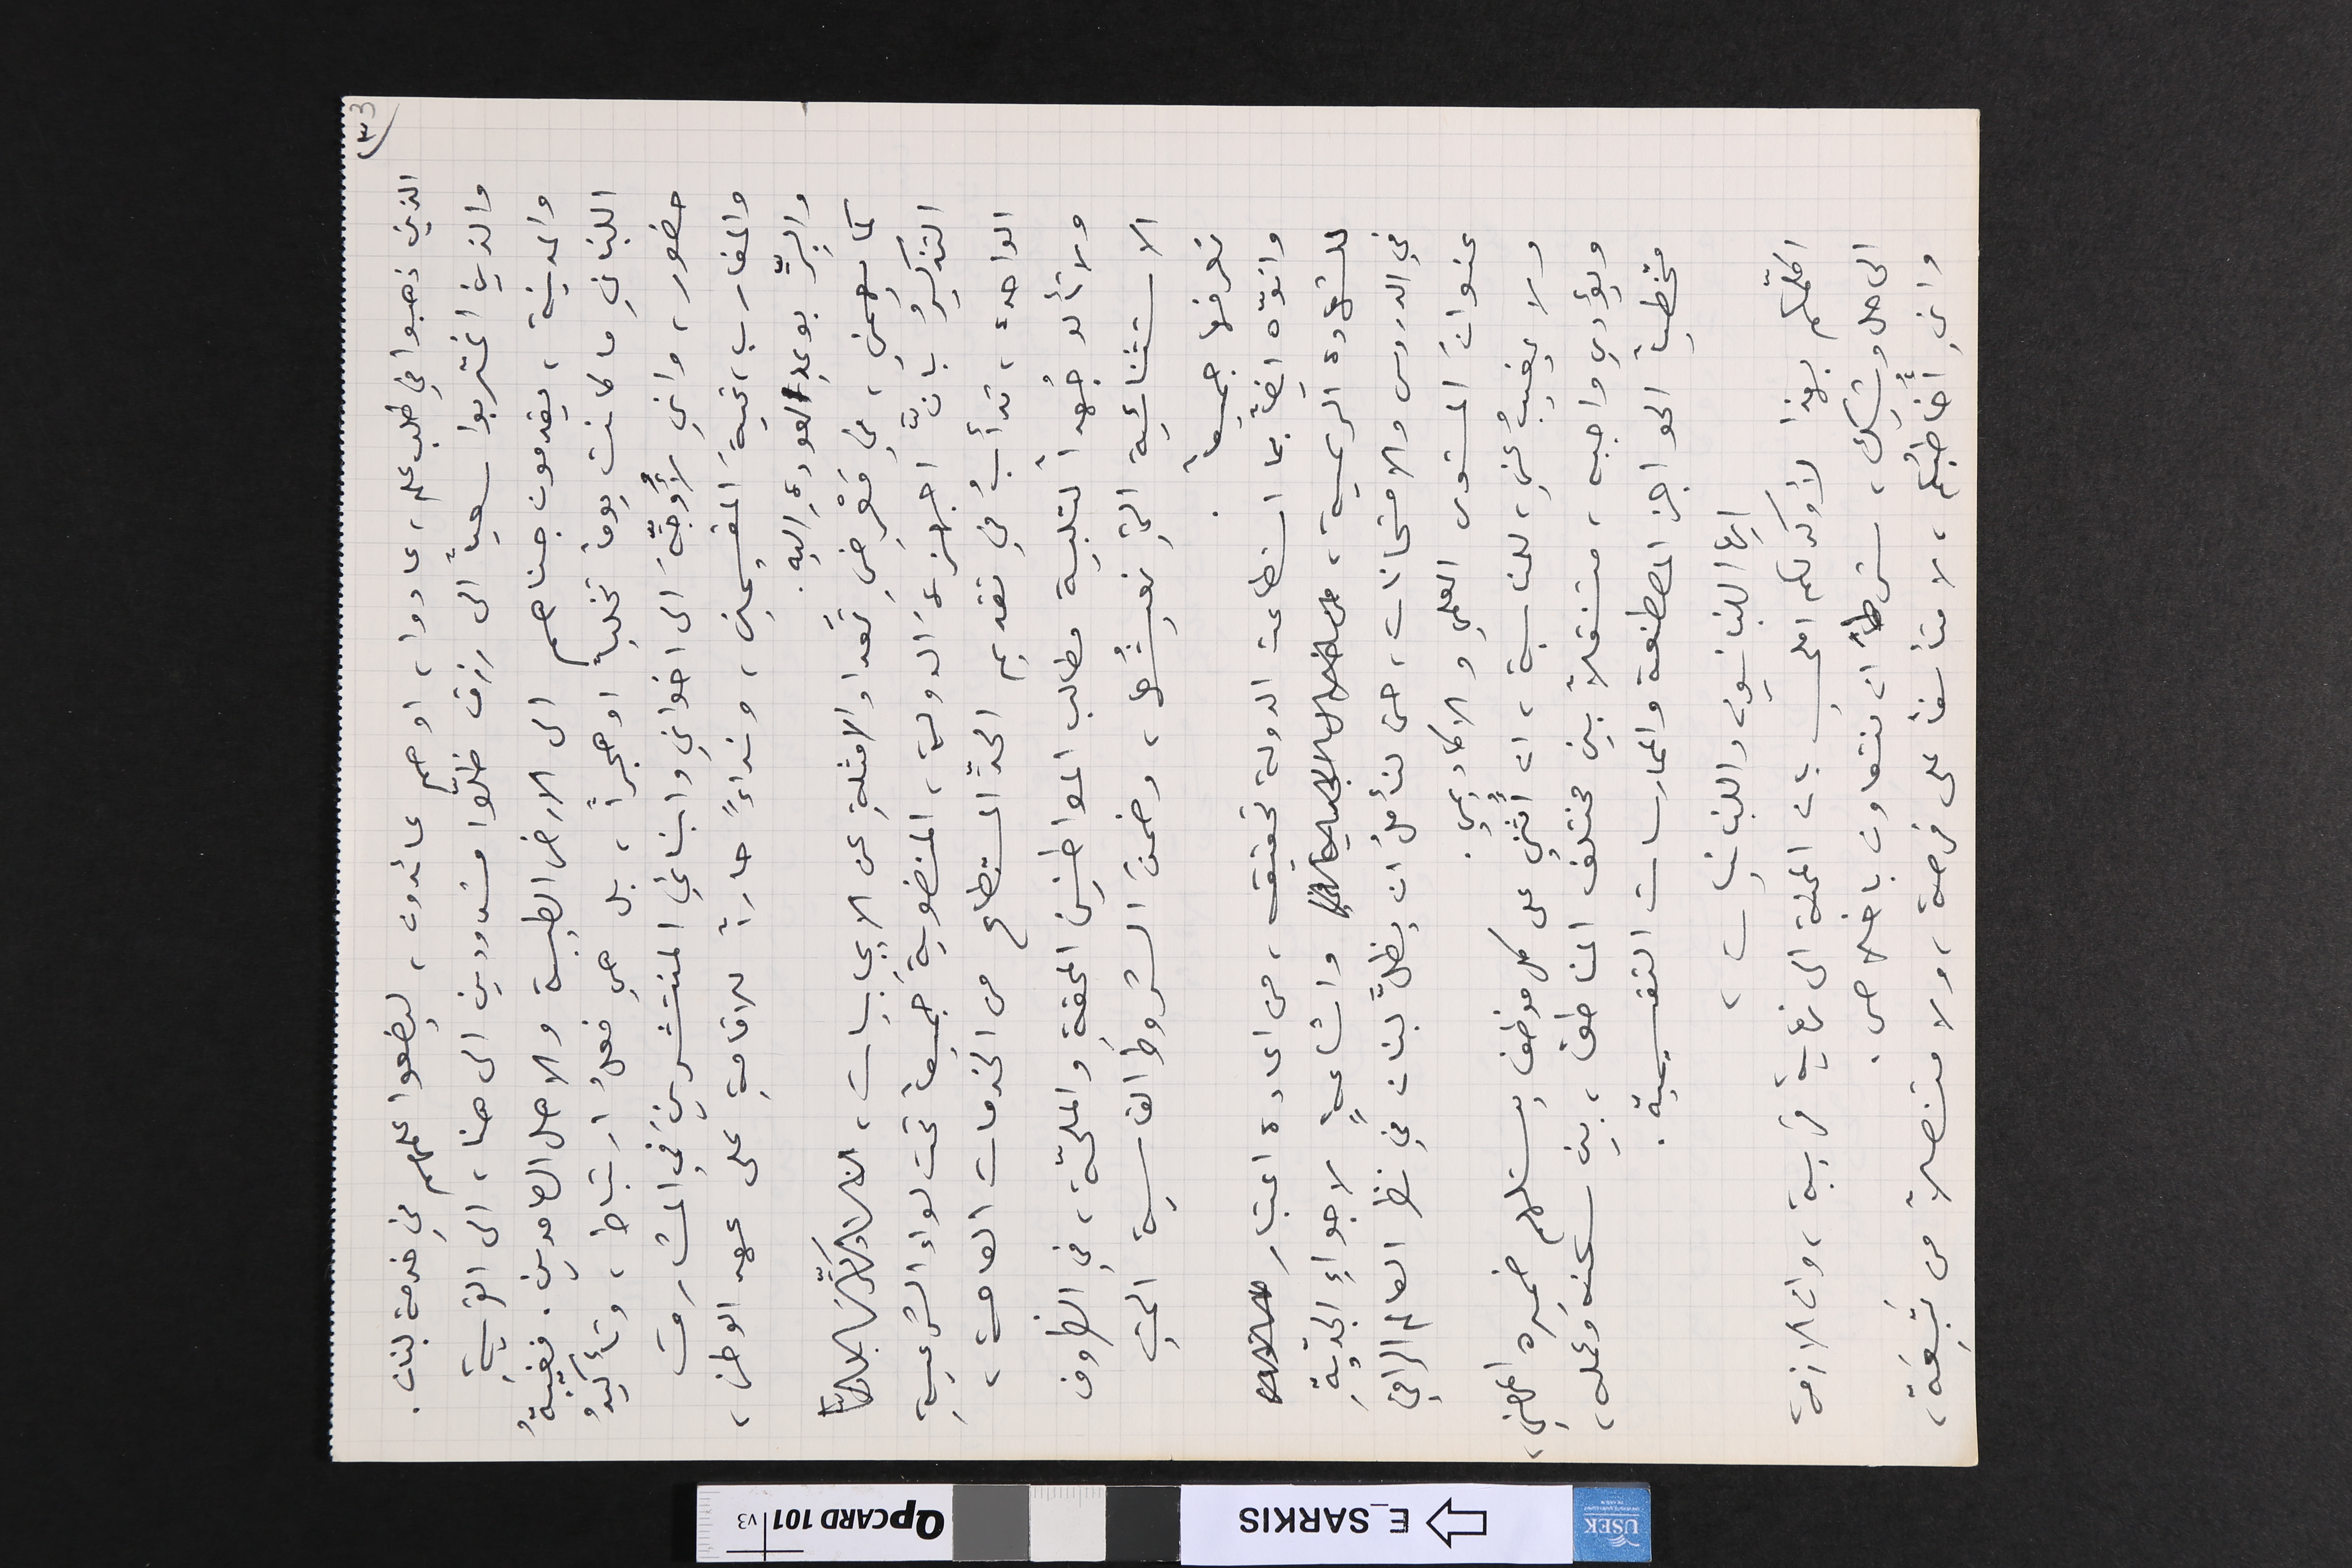
(٣    3
الذين ذهبوا في طلب علم، عادوا، او هم عائدون، ليضعوا علمهم في خدمة لبنان.
والذين اغتربوا سعياً الى رزق ظلّوا مشدودين الى هنا، الى القريةِ
والمدينة، يقدمون جناهم الى الارض الطيبة والاهل الصامدين. فغيبةُ
اللبناني ما كانت يوماً تخلباً او هجراً، بل هي فعلُ ارتباط، وتأكيدُ
حضور، واني لأُوجِّهَ الى اخواني وابنائي المنتشرينَ في المشارق
والمغارب، تحيةَ المقيمين، ونداءً حاراً للاقامةِ على عهد الوطن،
والبِرِّ بوعدِ العودةِ اليه.
كما يهمني، في مَعْرِضِ تعداد الامثلةِ عن الايجابيات،
التذكيرُ بـانَّ اجهزةَ الدولة، المنضويةَ جميعاً تحت لواء الشرعيةِ
الواحدة، تدأبُ في تقديم الحدِّ المستطاع من الخدمات العامة،
ولا تألو جُهداً لتلبية مطالب المواطنين المحقة والملحّة، في الظروف
الاستثنائية التي نعيشُها، وضمنَ الشروطَ القاسية التي
نعرفها جميعاً.
وانوّه ايضاً بما استطاعت الدولة تحقيقه، من اعادة اعتبار
للشهادة الرسمية، واشاعةٍ لاجواءِ الجدّيةِ
في الدروس والامتحانات، حتى لنأملُ ان يظلَّ لبنان في نظر العالم الراقي
عنوانَ المستوى العلمي والاكاديمي.
ولا يغيبُ عني، للمناسبة، ان أَثني على كل موظف يستلهم ضميره المهني،
ويؤدي واجبه، متنقلاً بين مختلف المناطق، بين سكنه وعمله،
متخطياً الحواجز المصطنعة والممارسات التقسيمية.
ايها اللبنانيون واللبنانيات،
اكلّمكم بهذا لأوكد لكم املي بان المحنة الى نهاية قريبة، وان الازمة
الى حل وشيك، شرطاً ان نتعاون باخلاص.
واني  أُخاطبُكم، لا متأسفاً على فرصة، ولا متنصلاً من تَبِعَة،